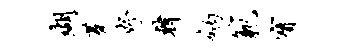
瑚蓁妤韩纳范宝